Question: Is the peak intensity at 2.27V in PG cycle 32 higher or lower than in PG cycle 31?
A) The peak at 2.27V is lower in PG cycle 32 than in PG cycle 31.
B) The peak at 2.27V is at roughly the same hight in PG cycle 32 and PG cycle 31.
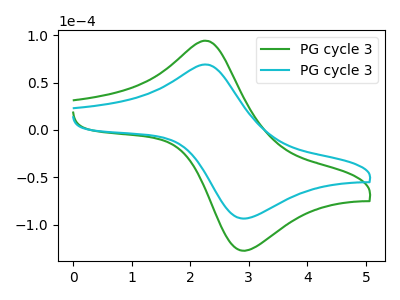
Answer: <think>The green curve "PG cycle 31" has an anodic peak at (2.25V, 94.30uA) and a cathodic peak at (2.95V, -127.25uA). The cyan curve "PG cycle 32" has an anodic peak at (2.25V, 69.15uA) and a cathodic peak at (2.95V, -93.40uA).</think>
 <answer>A) The peak at 2.27V is lower in "PG cycle 32" than in "PG cycle 31".</answer>
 <eval>A</eval>